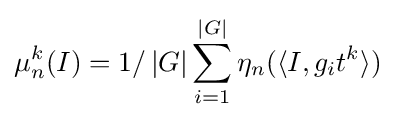
\mu _{n}^{k}(I)=1/\left|G\right|\sum _{i=1}^{\left|G\right|}\eta _{n}(\langle I,g_{i}t^{k}\rangle )